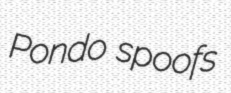
Pondo spoofs